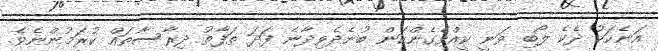
އަނެކަކު ދެކެ ލޯބި ވަނީ ކީއްވެގެންކަން ބުނެދެވިދާނެ ފަދަ ތަފާތު ދިރާސާތައް ކުރަމުންނެވެ.